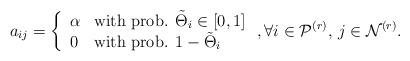
LaTeX: \begin{align*}a_{ij}=\left\{\begin{array}{lll}\alpha & \mbox{with prob. $\tilde \Theta_i \in [0,1]$}\\ 0 & \mbox{with prob. $1-\tilde \Theta_i$}\end{array}\right., \forall i\in \mathcal P^{(r)}, \, j\in \mathcal N^{(r)}.\end{align*}